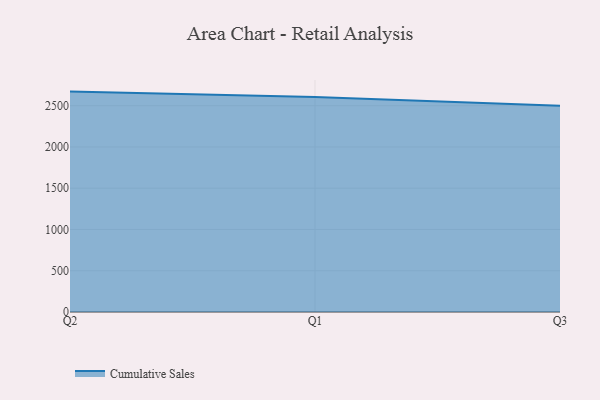
{"axis": {"x": "Quarter", "y": "Inventory Turnover"}, "legend": ["Cumulative Sales"], "data": [{"x": "Q2", "y": 2670.6, "type": "Cumulative Sales"}, {"x": "Q1", "y": 2604.1, "type": "Cumulative Sales"}, {"x": "Q3", "y": 2498.0, "type": "Cumulative Sales"}]}